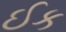
ઈક